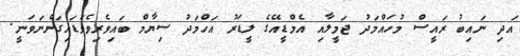
އަދި ނައިބު ރައީސް މުހައްމަދު ޖަމީލާއި އެމްޑީއޭގެ ލީޑަރު އަހްމަދު ސިޔާމް ބައިވެރިވެވަޑައިގަންނަވަނީ.